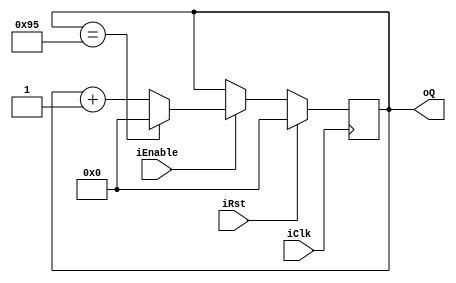
`timescale 1ns / 1ps
//////////////////////////////////////////////////////////////////////////////////
// Company: 
// Engineer: 
// 
// Design Name: 
// Module Name: counter
// Project Name: 
// Target Devices: 
// Tool Versions: 
// Description: 
// 
// Dependencies: 
// 
// Revision:
// Revision 0.01 - File Created
// Additional Comments:
// 
//////////////////////////////////////////////////////////////////////////////////


module counter#(
    parameter LIM = 150,
    parameter N = $clog2(LIM-1)
    )
    (
    input wire iClk, iRst,iEnable,
    output wire[N-1:0] oQ
    );
    
    //signal declaration
    reg[N-1:0] r_CntCurr;
    wire[N-1:0] w_CntNext;
    wire w_Rst;
    
   //the counter register
   always@(posedge iClk)
   if(iRst==1)
    r_CntCurr <= 0;
   else if(iEnable == 1) begin
    if(r_CntCurr == LIM -1)
        r_CntCurr <= 0;
    else
        r_CntCurr <= w_CntNext;
    end
//the increment circuit
assign w_CntNext = r_CntCurr + 1;
//the output
assign oQ = r_CntCurr;
endmodule